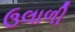
ઉલાળી